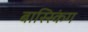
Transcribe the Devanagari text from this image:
बास्स्किंग